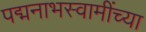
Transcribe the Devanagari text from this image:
पद्मनाभस्वामींच्या